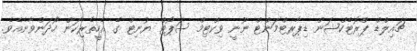
ޗައިލްޑް ޕްރޮޓެކްޝަން ޑިޕާރޓްމަންޓް ނޫނީ ވިކްޓިމް ސަޕޯޓް ޔުނިޓް ގެ އެހީތެރިކަން ހޯދަންވާނެއެވެ.